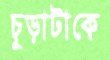
চূড়াটাকে